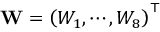
\mathbf { W } = \left( W _ { 1 } , \cdots , W _ { 8 } \right) ^ { \top }